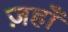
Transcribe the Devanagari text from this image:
ज़हाँ